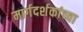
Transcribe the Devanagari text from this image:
मार्गदर्शकांच्या